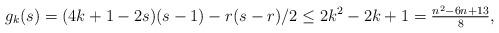
LaTeX: \begin{align*}g_k(s)=(4k+1-2s)(s-1)-r(s-r)/2\leq 2k^2-2k+1=\tfrac{n^2-6n+13}{8},\end{align*}